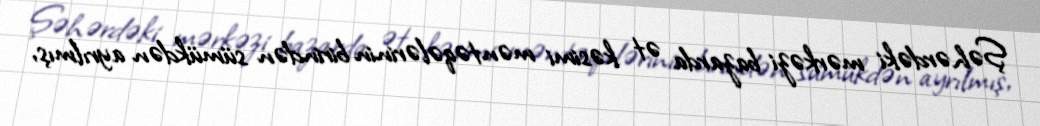
Şəhərdəki mərkəzi bazarda ət kəsimi məntəqələrinin birindən sümükdən ayrılmış,